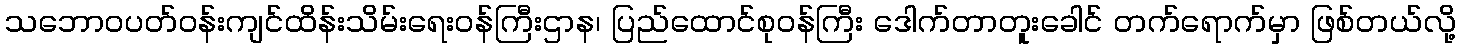
သဘောဝပတ်ဝန်းကျင်ထိန်းသိမ်းရေးဝန်ကြီးဌာန၊ ပြည်ထောင်စုဝန်ကြီး ဒေါက်တာတူးခေါင် တက်ရောက်မှာ ဖြစ်တယ်လို့